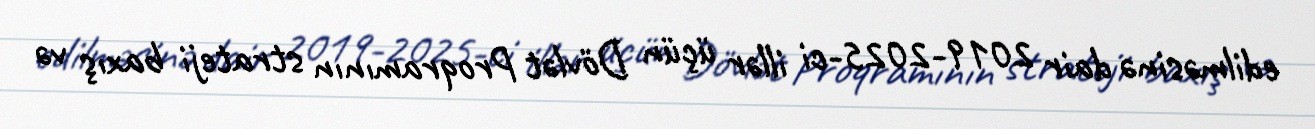
edilməsinə dair 2019-2025-ci illər üçün Dövlət Proqramının strateji baxış və